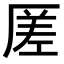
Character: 𠪉